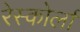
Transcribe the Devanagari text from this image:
रेस्कोर्ला